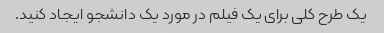
یک طرح کلی برای یک فیلم در مورد یک دانشجو ایجاد کنید.